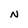
Character: N